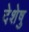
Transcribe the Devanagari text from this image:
देशेषु